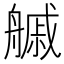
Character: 𦪊